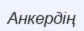
Анкердің